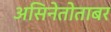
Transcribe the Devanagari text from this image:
असिनेतोताबर